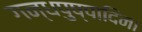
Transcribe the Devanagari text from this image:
गन्धपुष्पादिना